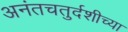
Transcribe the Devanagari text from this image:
अनंतचतुर्दशीच्या